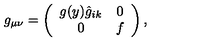
g _ { \mu \nu } = \left( \begin{array} { c c } { g ( y ) \hat { g } _ { i k } } & { 0 } \\ { 0 } & { f } \\ \end{array} \right) ,